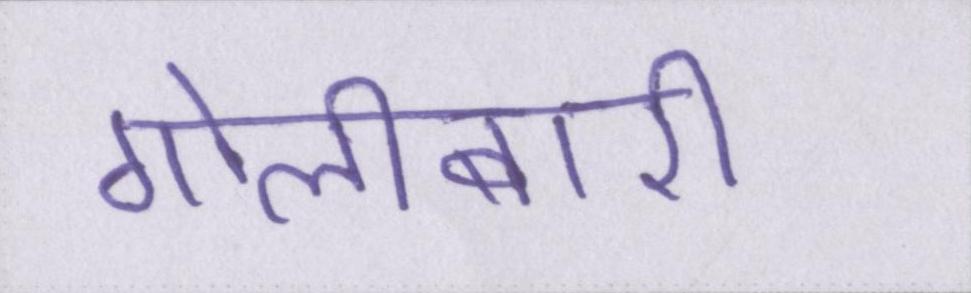
गोलीबारी